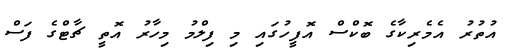
އުތުރު އެމެރިކާގެ ބޮކްސް އޮފީހުގައި މި ފިލްމު މިހާރު އޮތީ ޗާޓްގެ ފަސް